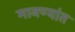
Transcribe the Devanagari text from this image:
मानण्यांत